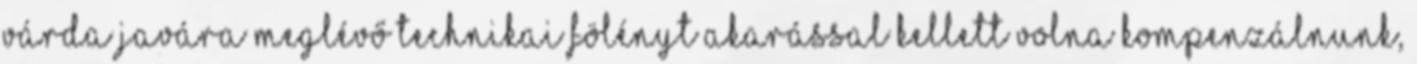
Várda javára meglévő technikai fölényt akarással kellett volna kompenzálnunk,